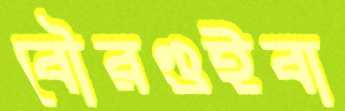
বৌরগুইবা